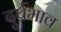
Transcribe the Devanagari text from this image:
दुर्प्रभाव